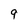
Character: 9